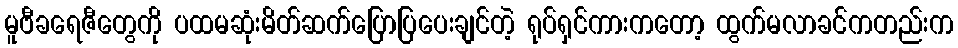
မူဗီခရေဇီတွေကို ပထမဆုံးမိတ်ဆက်ပြောပြပေးချင်တဲ့ ရုပ်ရှင်ကားကတော့ ထွက်မလာခင်ကတည်းက